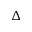
\Delta